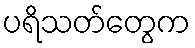
ပရိသတ်တွေက